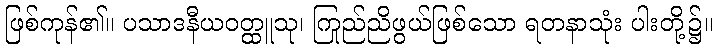
ဖြစ်ကုန်၏။ ပသာဒနီယဝတ္ထူသု၊ ကြည်ညိုဖွယ်ဖြစ်သော ရတနာသုံး ပါးတို့၌။